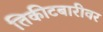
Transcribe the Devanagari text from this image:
तिकीटबारीवर